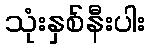
သုံးနှစ်နီးပါး